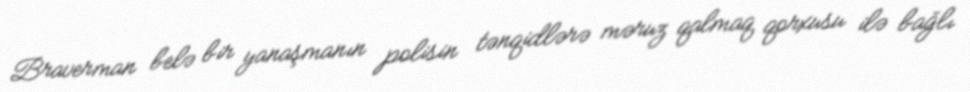
Braverman belə bir yanaşmanın polisin tənqidlərə məruz qalmaq qorxusu ilə bağlı